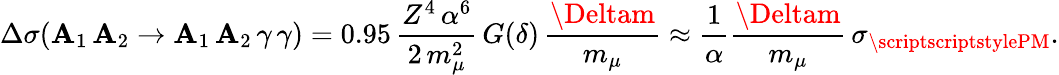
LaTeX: \Delta\sigma(\mathbf{A}_{1}\, \mathbf{A}_{2}\to\mathbf{A}_{1}\, \mathbf{A}_{2}\, \gamma\, \gamma)=0.95\, {\frac{{Z^{4}\, \alpha^{6}}}{{2\, m_{\mu}^{2}}}}\, G(\delta)\, {\frac{{\Deltam}}{{m_{\mu}}}}\approx{\frac{{1}}{{\alpha}}}{\frac{{\Deltam}}{{m_{\mu}}}}\, \sigma_{\mathrm{{{\scriptscriptstylePM}}}}.